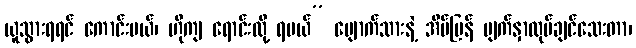
ယူသွားရရင် ကောင်းမယ်၊ ဟိုကျ ရောင်းလို့ ရမယ်” မျောက်သားနဲ့ အိမ်ပြန် မျက်နှာလုပ်ချင်သေးတာ၊